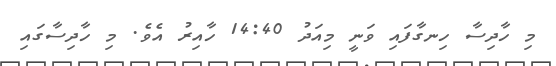
މި ހާދިސާ ހިނގާފައި ވަނީ މިއަދު 14:40 ހާއިރު އެވެ. މި ހާދިސާގައި